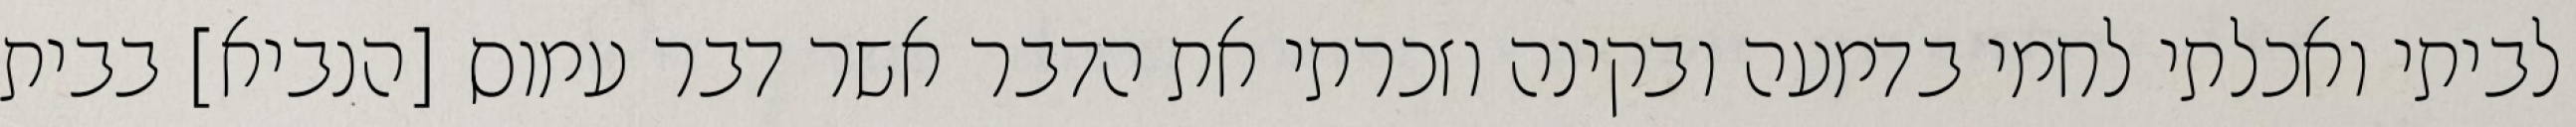
לביתי ואכלתי לחמי בדמעה ובקינה וזכרתי את הדבר אשר דבר עמוס [הנביא] בבית